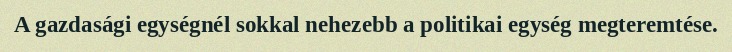
A gazdasági egységnél sokkal nehezebb a politikai egység megteremtése.